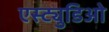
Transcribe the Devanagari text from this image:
एस्ट्युडिओ